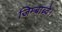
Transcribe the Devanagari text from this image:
जिम्बाब्वे।